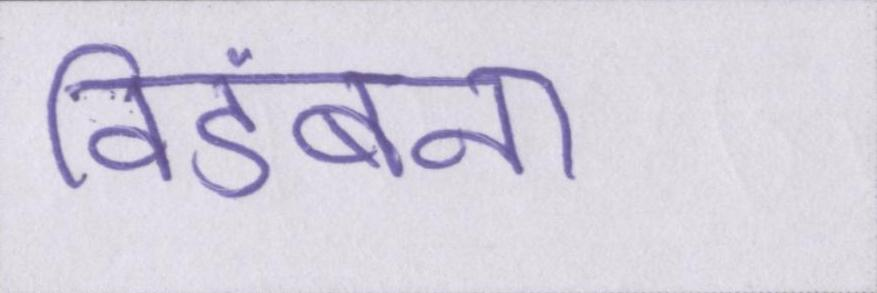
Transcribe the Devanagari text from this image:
विडंबना